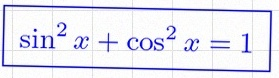
\sin^2x+\cos^2x=1